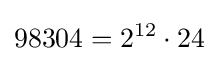
98304=2^{12}\cdot 24